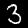
Digit: 3